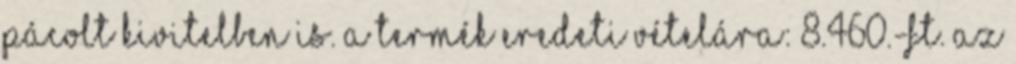
pácolt kivitelben is. A termék eredeti vételára: 8.460.-Ft. Az